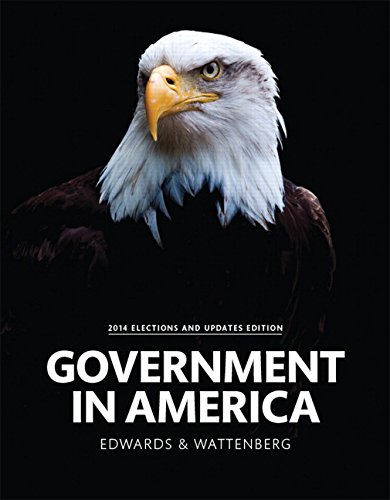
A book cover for Government in America, 2014 Elections and Updates Edition (16th Edition); George C. Edwards III; Politics & Social Sciences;